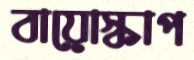
বায়োস্কাপ